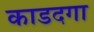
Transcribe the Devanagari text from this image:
काडदगा